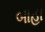
બાહા